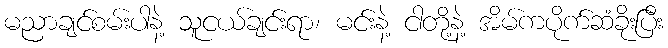
မညာချင်စမ်းပါနဲ့ သူငယ်ချင်းရာ၊ မင်းနဲ့ ငါတို့နဲ့ အိမ်ကပိုက်ဆံခိုးပြီး